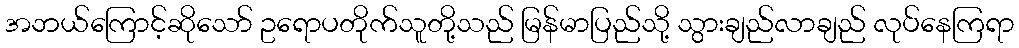
အဘယ်ကြောင့်ဆိုသော် ဥရောပတိုက်သူတို့သည် မြန်မာပြည်သို့ သွားချည်လာချည် လုပ်နေကြရာ